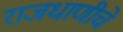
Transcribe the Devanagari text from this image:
राजधाणीचे